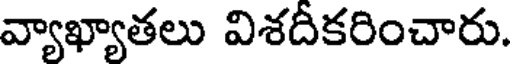
వ్యాఖ్యాతలు విశదీకరించారు.